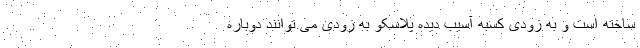
ساخته است و به زودی کسبه آسیب دیده پلاسکو به زودی می توانند دوباره